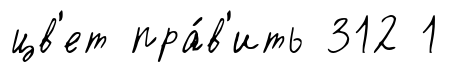
цв'ет пра́в'ить 312 1